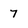
Character: 7